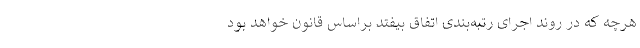
هرچه که در روند اجرای رتبه‌بندی اتفاق بیفتد براساس قانون خواهد بود